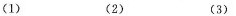
（1）（2）（3）